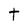
Character: t